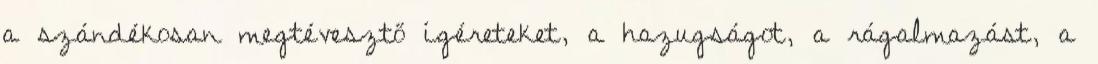
a szándékosan megtévesztő ígéreteket, a hazugságot, a rágalmazást, a